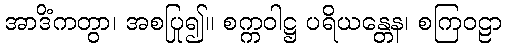
အာဒိံကတွာ၊ အစပြု၍။ စက္ကဝါဋ္ဌ ပရိယန္တေန၊ စကြဝဠာ